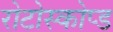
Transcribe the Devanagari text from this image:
रोटोस्कोप्ड